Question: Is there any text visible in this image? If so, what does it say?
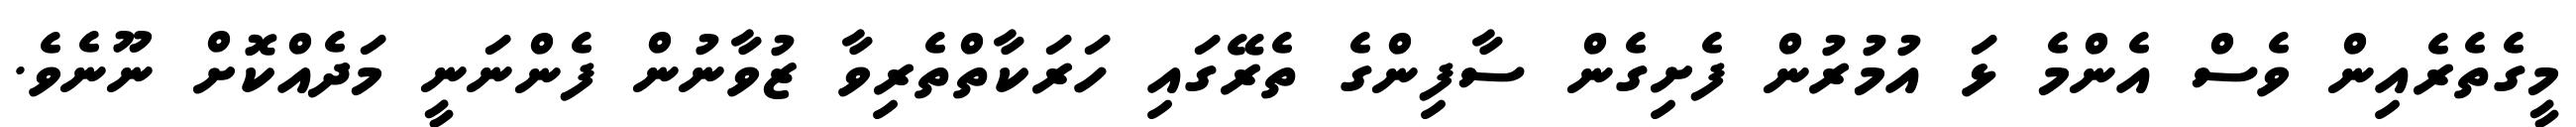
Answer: މީގެތެރެއިން ވެސް އެންމެ ޅަ އުމުރުން ފެށިގެން ސާފިންގެ ތެރޭގައި ހަރަކާތްތެރިވާ ޒުވާނުން ފެންނަނީ މަދެއްކޮށް ނޫނެވެ.